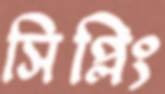
সিপ্লিং